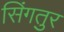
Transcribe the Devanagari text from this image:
सिंगतुर